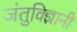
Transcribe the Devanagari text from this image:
जंतुविज्ञानी